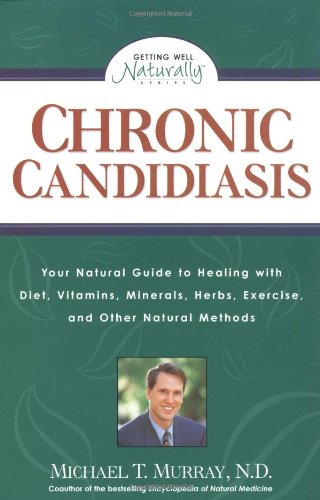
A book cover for Chronic Candidiasis: Your Natural Guide to Healing with Diet, Vitamins, Minerals, Herbs, Exercise, and Other Natural Methods; Michael T. Murray; Health, Fitness & Dieting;